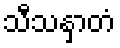
သီသနှာတံ